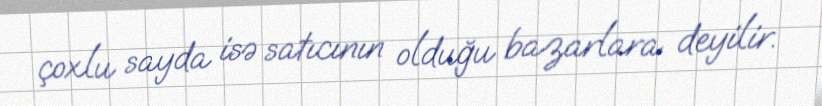
çoxlu sayda isə satıcının olduğu bazarlara deyilir.